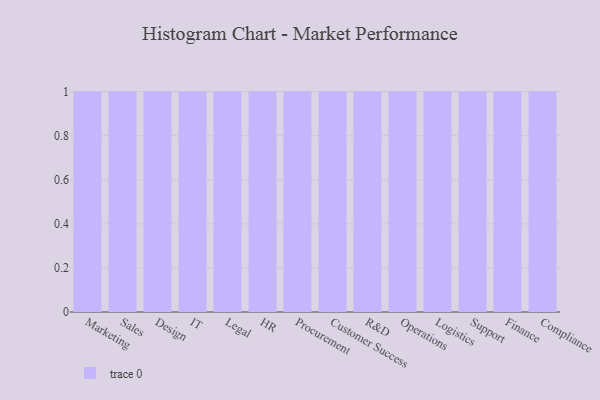
{"axis": {"x": "Department", "y": "Page Views"}, "legend": [""], "data": [{"x": "Marketing", "y": 24, "type": ""}, {"x": "Sales", "y": 80, "type": ""}, {"x": "Design", "y": 87, "type": ""}, {"x": "IT", "y": 14, "type": ""}, {"x": "Legal", "y": 89, "type": ""}, {"x": "HR", "y": 59, "type": ""}, {"x": "Procurement", "y": 31, "type": ""}, {"x": "Customer Success", "y": 93, "type": ""}, {"x": "R&D", "y": 59, "type": ""}, {"x": "Operations", "y": 100, "type": ""}, {"x": "Logistics", "y": 27, "type": ""}, {"x": "Support", "y": 44, "type": ""}, {"x": "Finance", "y": 64, "type": ""}, {"x": "Compliance", "y": 19, "type": ""}]}